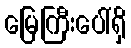
မြေကြီးပေါ်ရှိ